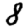
Digit: 8